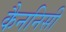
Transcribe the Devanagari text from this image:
कैननिसी